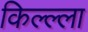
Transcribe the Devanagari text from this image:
किल्ल्‍ला